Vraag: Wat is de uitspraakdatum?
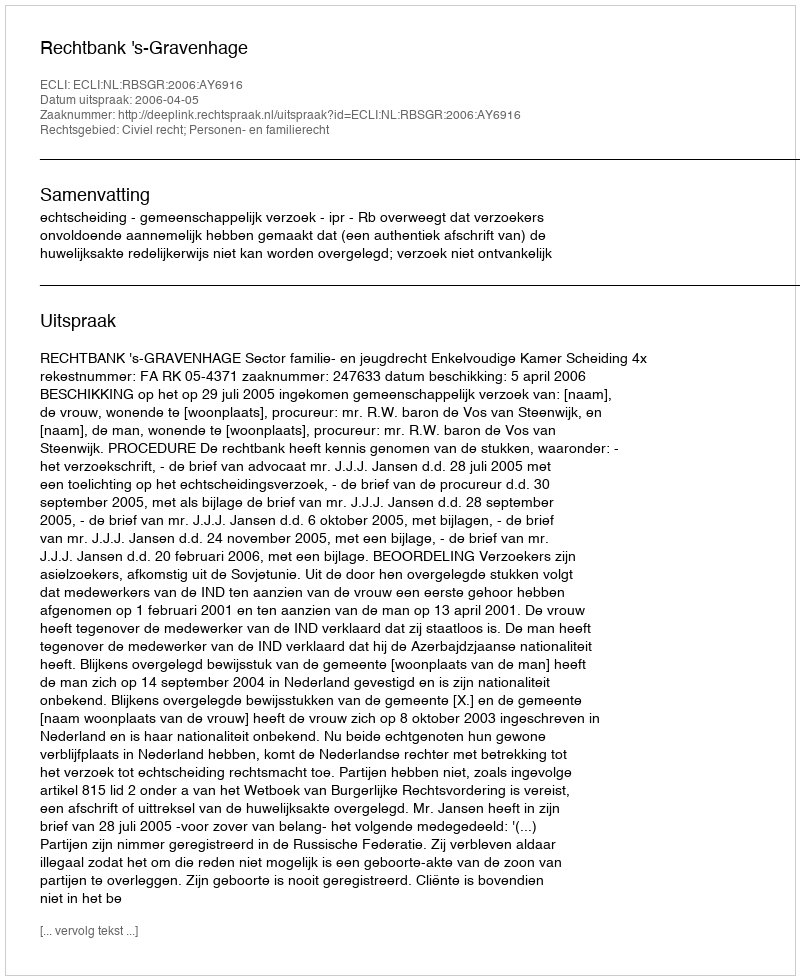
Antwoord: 2006-04-05